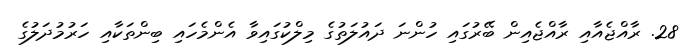
28. ރާއްޖެއާއި ރާއްޖެއިން ބޭރުގައި ހުންނަ ދައުލަތުގެ މިލްކުގައިވާ އެންމެހައި ބިންތަކާއި ހަރުމުދަލުގެ